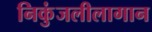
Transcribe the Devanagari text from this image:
निकुंजलीलागान